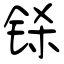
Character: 铩